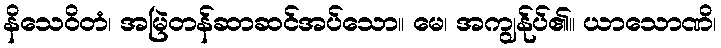
နိသေဝိတံ၊ အမြဲတန်ဆာဆင်အပ်သော။ မေ၊ အကျွန်ုပ်၏။ ယာသောဏိ၊